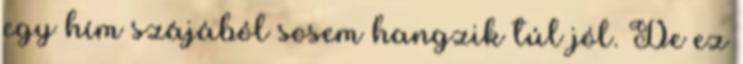
egy hím szájából sosem hangzik túl jól. De ez